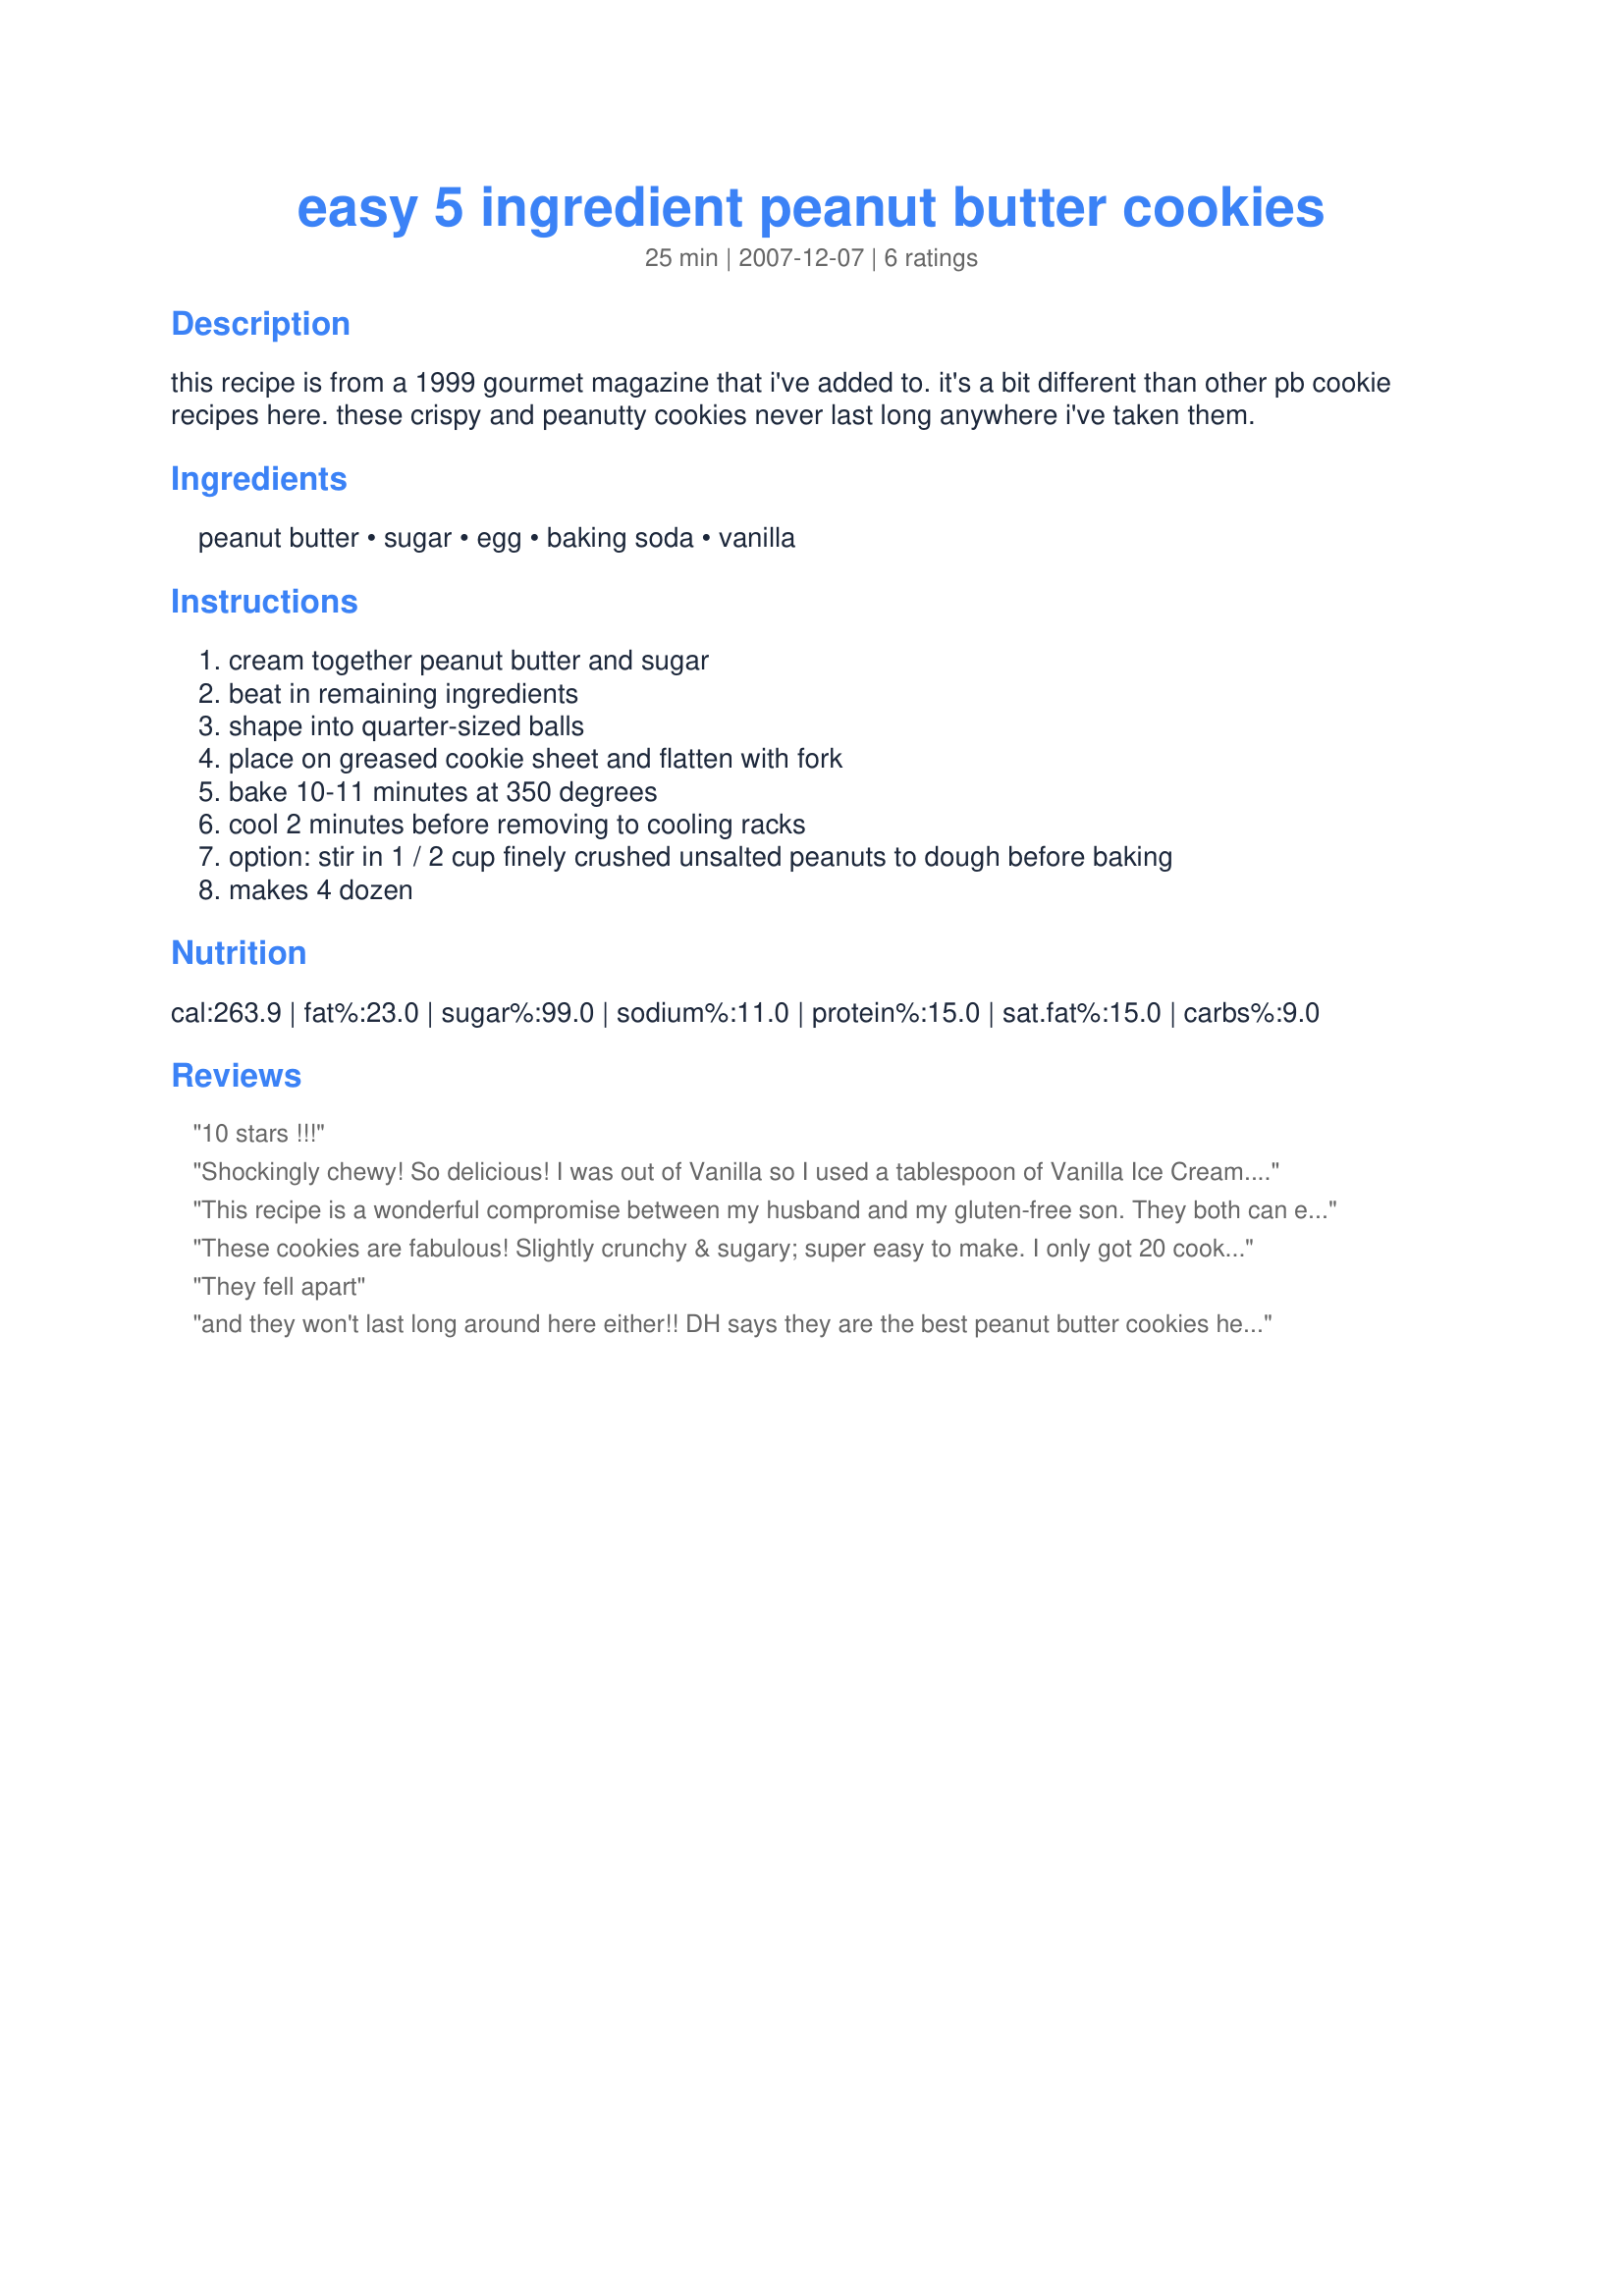
easy 5 ingredient peanut butter cookies
Preparation time: 25 minutes

this recipe is from a 1999 gourmet magazine that i've added to. it's a bit different than other pb cookie recipes here. these crispy and peanutty cookies never last long anywhere i've taken them.

Ingredients:
peanut butter, sugar, egg, baking soda, vanilla

Steps:
cream together peanut butter and sugar, beat in remaining ingredients, shape into quarter-sized balls, place on greased cookie sheet and flatten with fork, bake 10-11 minutes at 350 degrees, cool 2 minutes before removing to cooling racks, option: stir in 1 / 2 cup finely crushed unsalted peanuts to dough before baking, makes 4 dozen

Reviews:
10 stars !!!
Shockingly chewy! So delicious! I was out of Vanilla so I used a tablespoon of Vanilla Ice Cream. I made it with crunchy peanut butter. In and out of the kitchen in 15 minutes. Highly recommend.
This recipe is a wonderful compromise between my husband and my gluten-free son. They both can eat and enjoy these cookies, which they do! No need for an electric mixer and one bowl is all that is needed. Thanks for a quick and extremely easy gluten free cookie!
These cookies are fabulous! Slightly crunchy & sugary; super easy to make. I only got 20 cookies out of this recipe, though, not 48; this is ok by me because that means less temptation!
They fell apart
and they won't last long around here either!! DH says they are the best peanut butter cookies he has ever had, loves'em!! So easy too. The only complaint I have is that I don't know how you would get 48 cookies from it , I only got 28 and they were not particulary big. Next time I will double the batch. They are very very good!! thanks for posting.
